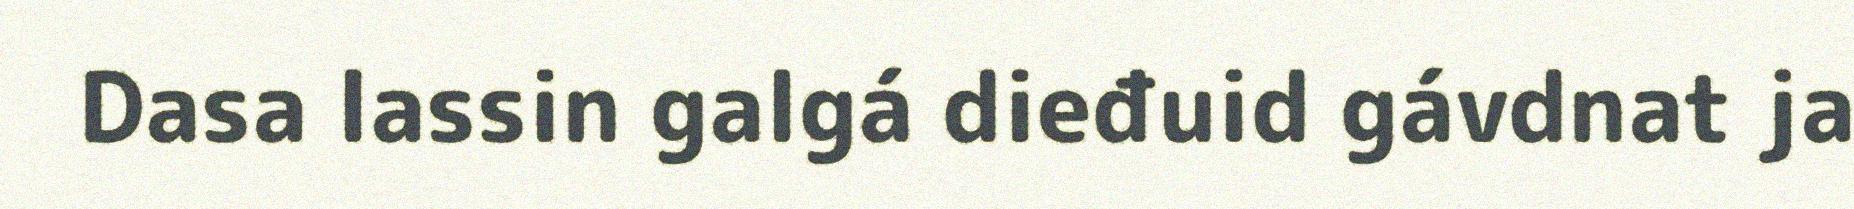
Dasa lassin galgá dieđuid gávdnat ja